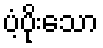
ပံ့ပိုးသော